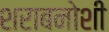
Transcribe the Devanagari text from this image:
शराबनोशी